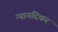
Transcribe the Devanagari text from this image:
न्यायदिकर